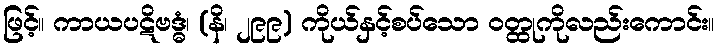
ဖြင့်။ ကာယပဋိဗဒ္ဓံ၊ (နိ၊ ၂၉၉) ကိုယ်နှင့်စပ်သော ဝတ္ထုကိုလည်းကောင်း။